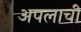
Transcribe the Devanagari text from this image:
अपलाची